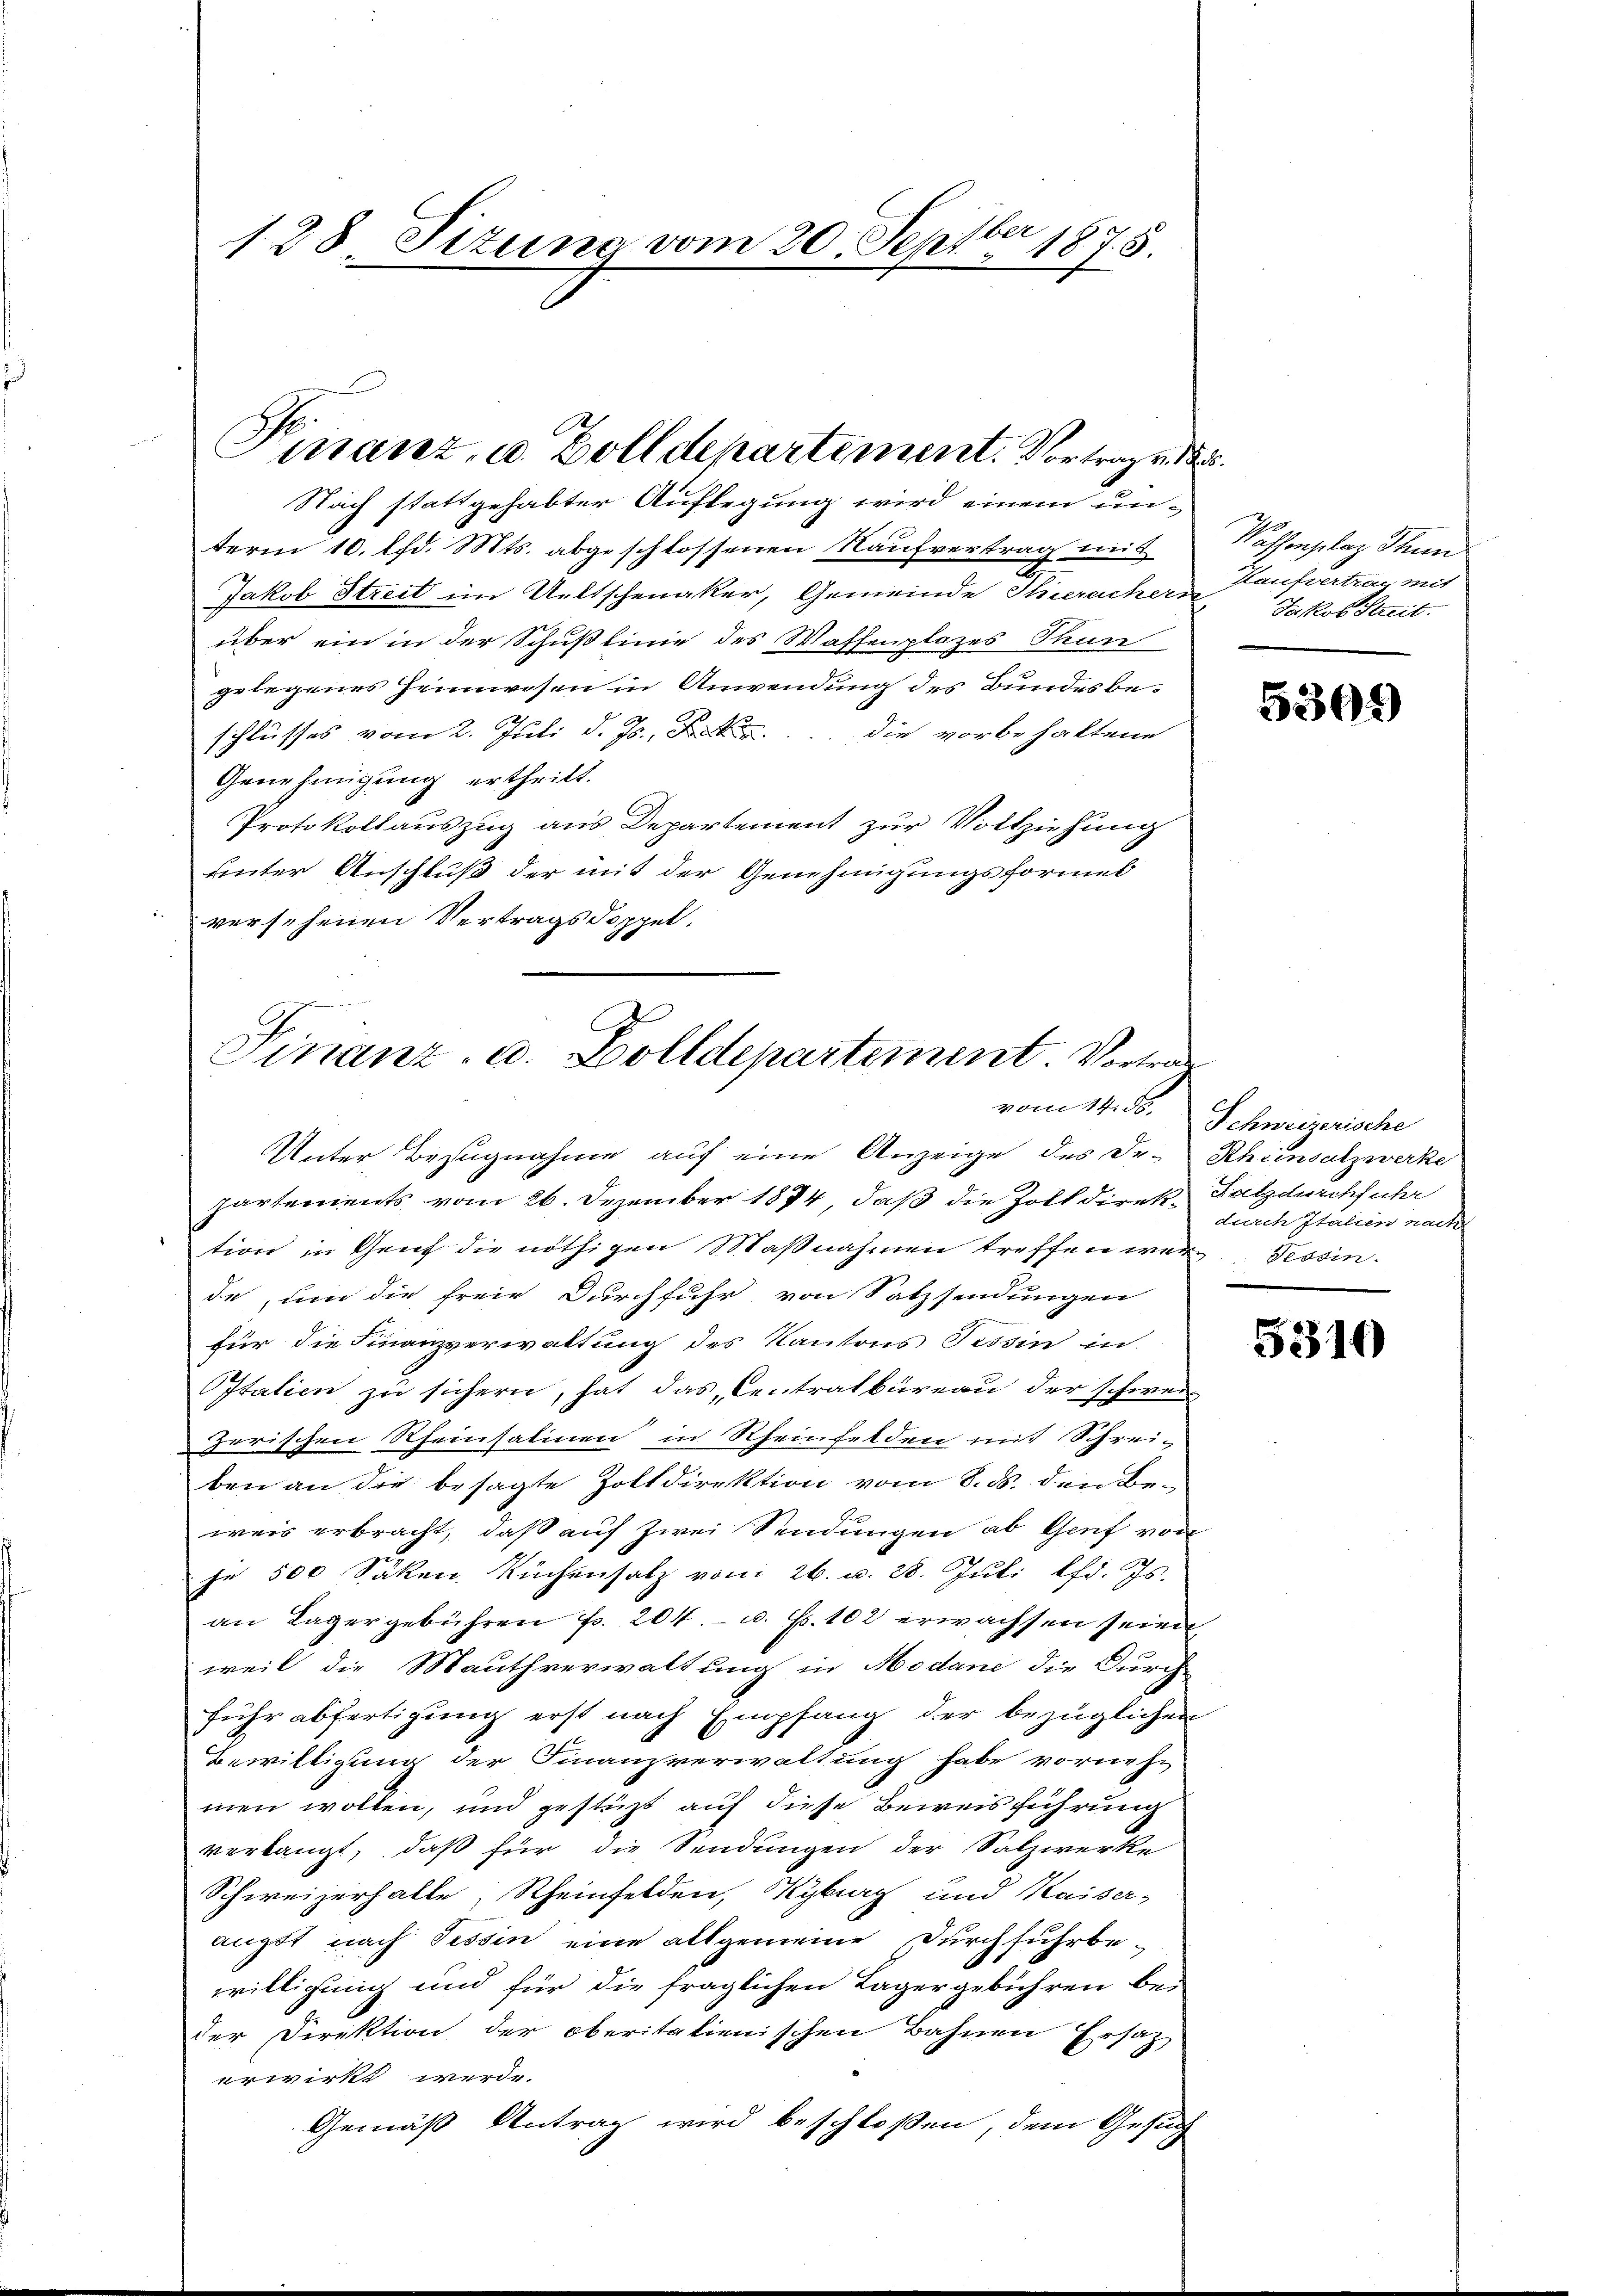
128 Titung vom 20. Septbr 1875.

Nach stattgehabter Auflegung wird einem unterm 10. lfd. Mts. abgeschlossenen Kaufvertrag mit Kassenplaz Thun
Jakob Streit im Ueltschenaker, Gemeinde Seracher Kaufvertrag mit
über ein in der Schußlinie des Waffenplazes Thun
gelegenes Heimwesen in Anwendung des Bundesbe-
schlusses vom 2. Juli d. Js. die vorbehaltene
Genehmigung ertheilt.
Protokollauszug aus Departement zur Vollziehung
unter Anschluß der mit der Genehmigungsformel
versehenen Vertragsdoppel.

Finanz, u. Zolldepartement. Vortrag v. 185.

Finanz- u. Zolldepartement. Vortra¬

partements vom 26. Dezember 1874, daß die Zoll direk Satz durchfuhr
tion in Genf die nöthigen Maßnahmen treffen wer Tessin.
de , um die freie Durchfuhr von Satzsendungen
für die Finanzverwaltung des Kantons Tessin in
Ostatien zu sichern, hat das Centratbüreau der schwei
zerischen Rheinsalinen in Rheinfelden mit Schrei-
ben an die besagte Zolldirektion vom 8. ds. den Beweis erbracht, daß auf zwei Sendungen ab Genf von
je 500 Säken Küchensatz vom 26. u. 28. Jŭli lfd. Js.
an Lager gebühren Fr. 201.- u. Fr. 102 erwachsen sein
weil die Mauthverwaltung in Modane die Durch
fuhr abfertigung erst nach Empfang der bezüglichen
Bewilligung der Finanzverwaltung habe vornehmen wollen, und gestüzt auf diese Beweisführung
verlangt, daß für die Sendungen der Salzwerke
Schweizerhalle, Rheinfelden, Kybrag und Kaiser-
augt nach Tessin eine allgemeine Durchfuhrbewilligung und für die fraglichen Lagergebühren bei
der Direktion der oberitalienischen Bahnen Ersatz
erwirkt werde.
Gemäß Antrag wird beschloßen, dem Gesuch

Unter Bezugnahme auf eine Anzeige des De-Rheinsatzwerke

Jakob Streit.

5309)

vom 14. ds. Schweizerische
durch Italien nach

5310